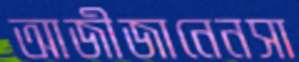
আজীজানেনসা